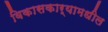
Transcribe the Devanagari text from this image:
विकासकार्यामधील